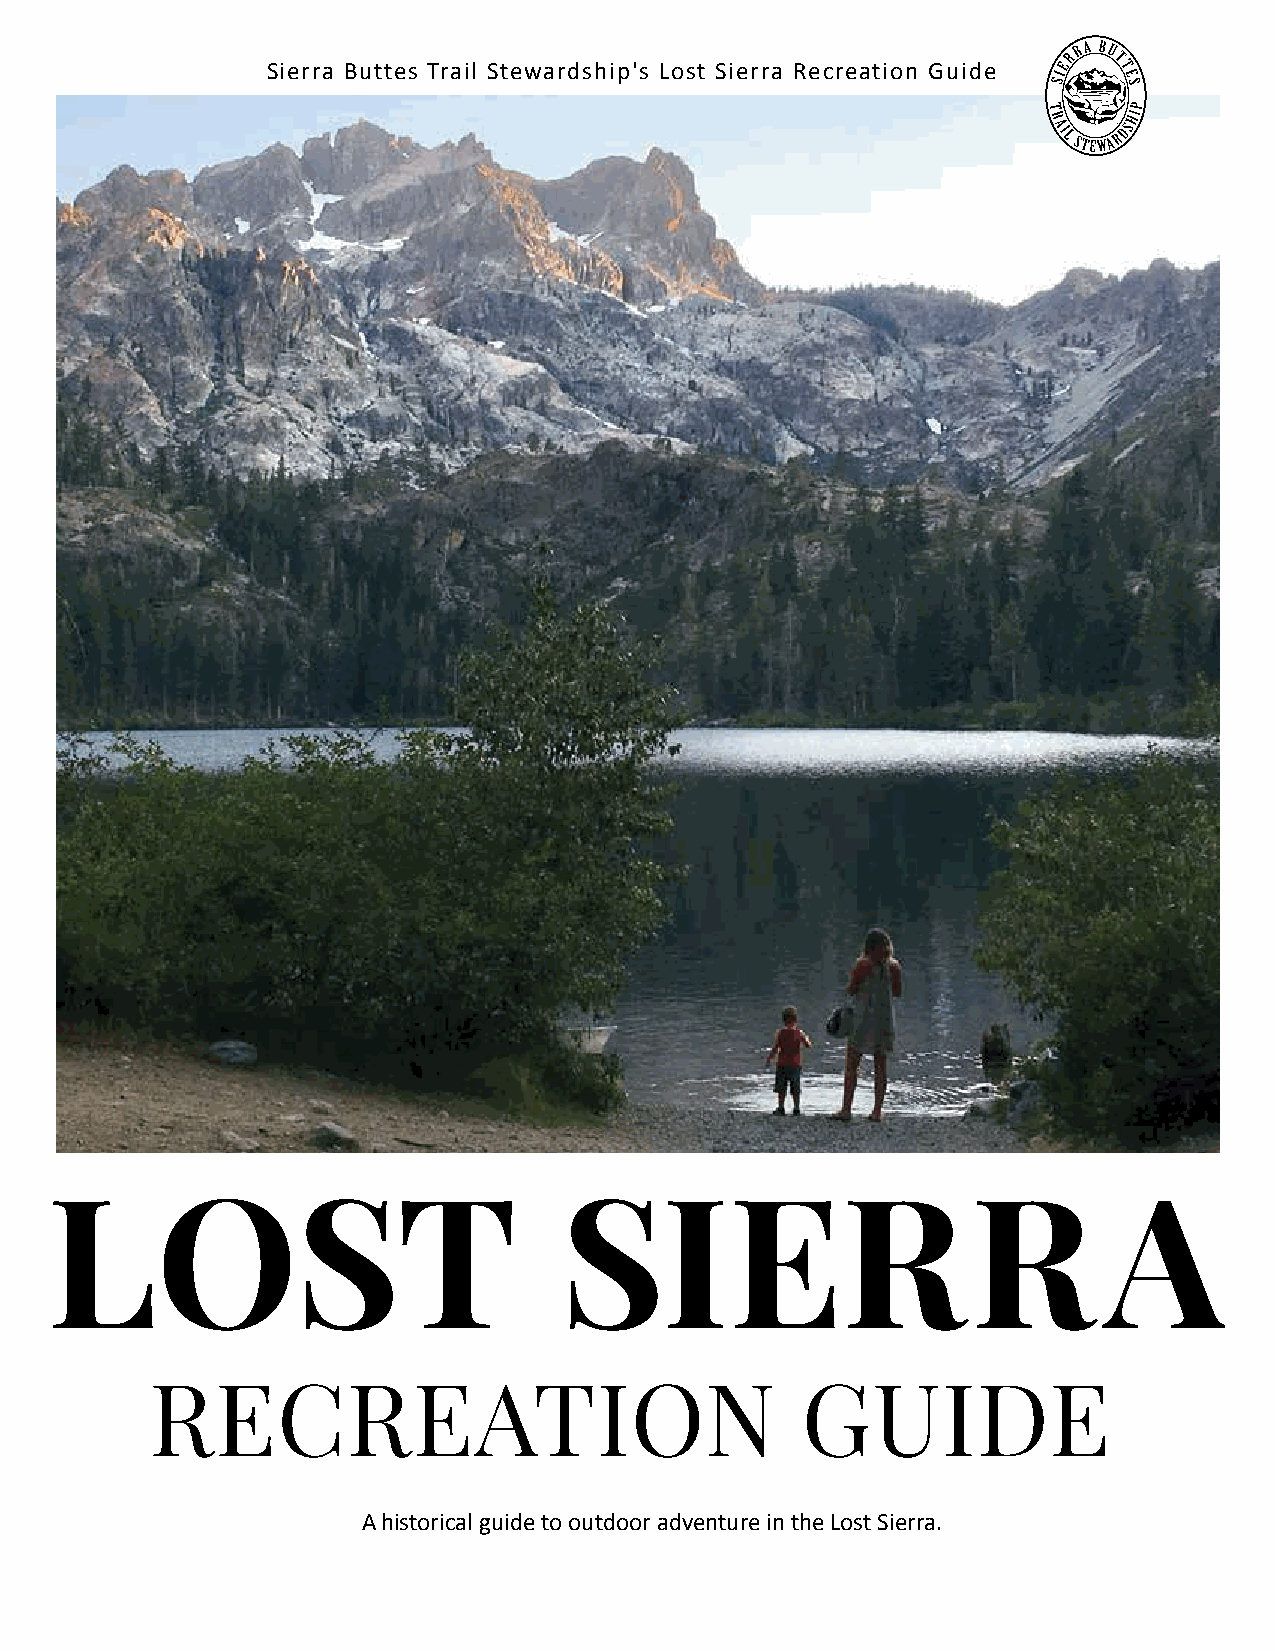
Sierra Buttes Trail Stewardship's Lost Sierra Recreation Guide
 LOST                              SIERR                               A
 RECREATION                                 GUIDE
 A historical guide to outdoor adventure in the Lost Sierra.